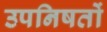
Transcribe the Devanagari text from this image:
उपनिषतों